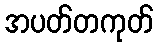
အပတ်တကုတ်